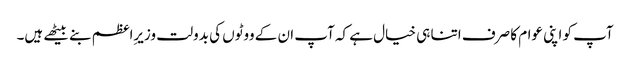
آپ کو اپنی عوام کا صرف اتنا ہی خیال ہے کہ آپ ان کے ووٹوں کی بدولت وزیرِاعظم بنے بیٹھے ہیں۔